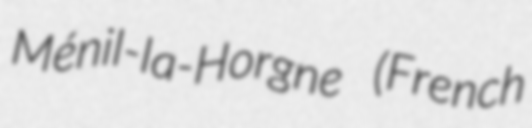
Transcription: Ménil-la-Horgne (French